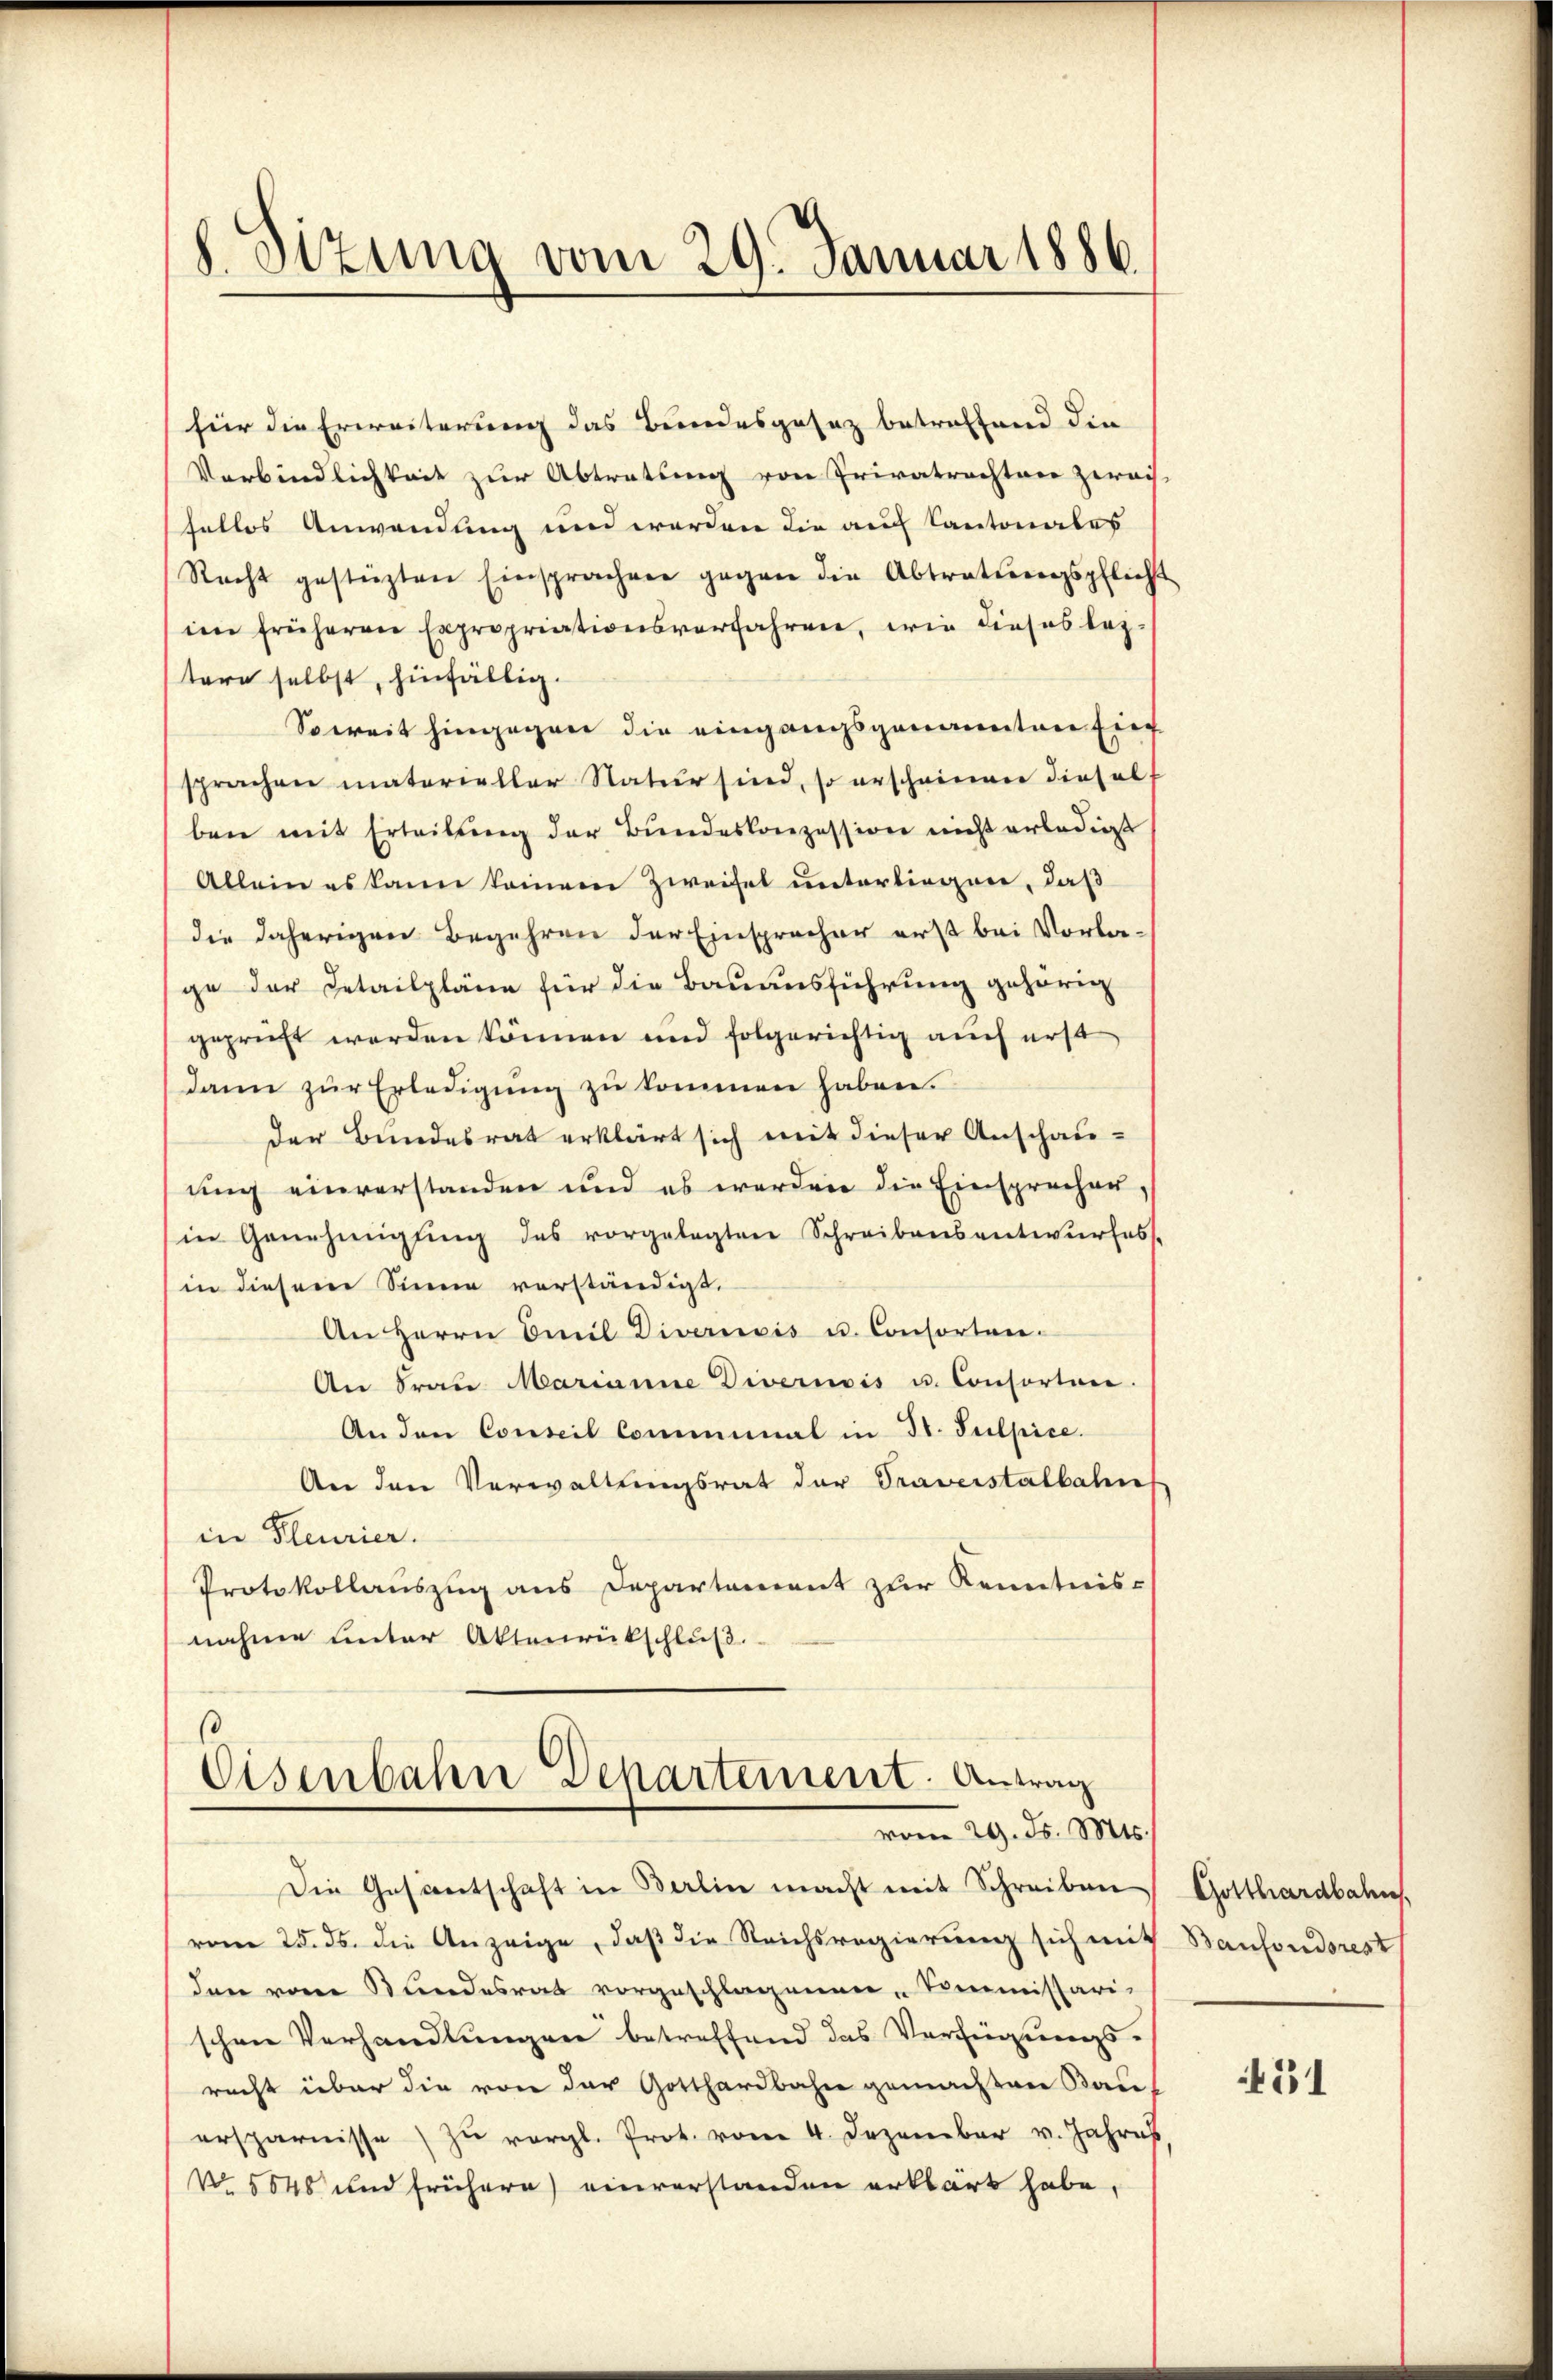
8. Sizung vom 29. Januar 1886.

für die Erweiterung das Bundesgesaz betreffend die
Verbindlichkeit zur Abtratung von Privatrechten zweis-
fellos Anwendung und werden die auf Cantonales
Recht gestürzten Einsprachen gegen die Abtratungspflich
ie früheren Expropriationsverfahren, wie dieses leztere selbst, hinfällig
Soweit hingegen die eingangsgenannten Ein
sprachen materieller Natur sind, so erscheinen diesel
ben mit Erteilung der Bundeskonzession nicht erledigt
Allein es kann keinem Zweifel unterliegen, daß
die daherigen Begehren der Einspracher erst bei Vorlage der Detailpläne für die Bauausführung gehörig
geprüft werden können und folgerichtig auch erst
dann zur Erledigung zu kommen haben.
der Bundesrat erklärt sich mit dieser Anschau-
ung einverstanden und es werden die Einsprecher,
in Genehmigŭng des vorgelegten Schreibensantwurfes-
in diesem Sinne verständigt.
An Herrn Emil Divernois u. Consorten-
An Fraŭ Marianne Divernois u. Consorten.
An den Conseil Comminal in St. Sulpice.
An den Verwaltungsrat der Traverstalbahn
in Pleurier.
Protokollauszug aus Departement zur Kenntnis-
nahme unter Aktenrückschluß.
s

Eisenbahn Departement. Antrag
vom 29. d. Mts.

vom 25. ds. die Anzeige, daß die Reichsregierung sich mit
den vom Bundesrat vorgeschlagenen Commissari-
schen Verhandlungen betreffend das Verfügungs-
recht über die von der Gotthardbahn gemachten Kauf
ersparnisse zŭ vergl. Prot. vom 4. Dezember v. Jahres
No. 1848 und frühere einverstanden erklärt habe,

Die Gesantschaft in Berlin macht mit Schreiben

Gotthardbahn
Baufondsrest

31